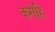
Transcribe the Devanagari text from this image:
कसेहि